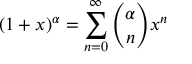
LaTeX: ( 1 + x ) ^ { \alpha } = \sum _ { n = 0 } ^ { \infty } { \binom { \alpha } { n } } x ^ { n }